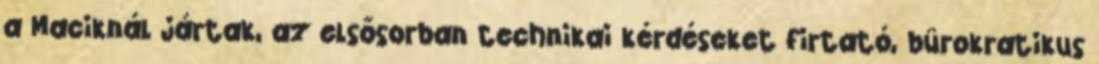
a Maciknál jártak, az elsősorban technikai kérdéseket firtató, bürokratikus